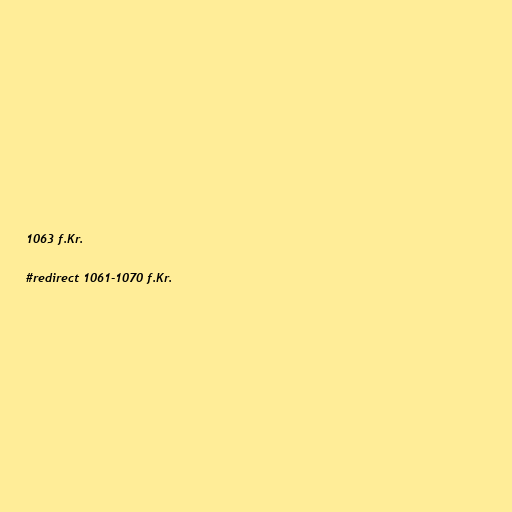
1063 f.Kr.

#redirect 1061-1070 f.Kr.